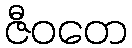
ဇီဝတေ